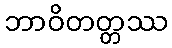
ဘာဝိတတ္တဿ